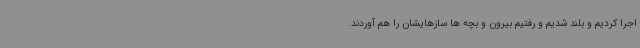
اجرا کردیم و بلند شدیم و رفتیم بیرون و بچه ها سازهایشان را هم آوردند.